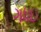
ગધઇ